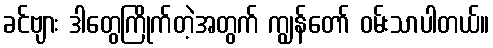
ခင်ဗျား ဒါတွေကြိုက်တဲ့အတွက် ကျွန်တော် ဝမ်းသာပါတယ်။